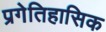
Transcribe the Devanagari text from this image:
प्रगेतिहासिक